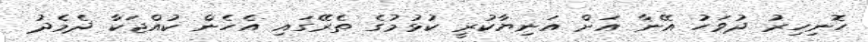
ހޮނިހިރު ދުވަހު އޭނާ އަށް އަނިޔާކުރީ ކުޅުމުގެ ތެރޭގައި އެހެން ކުއްޖަކާ ދެމެދު